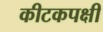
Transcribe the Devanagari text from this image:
कीटकपक्षी